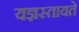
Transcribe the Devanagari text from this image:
यज्ञस्तायते